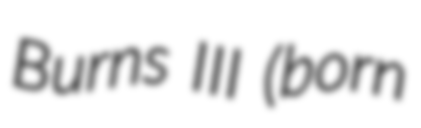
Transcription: Burns III (born